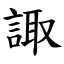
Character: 諏